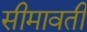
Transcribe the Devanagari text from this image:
सीमावती